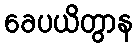
ခေပယိတွာန